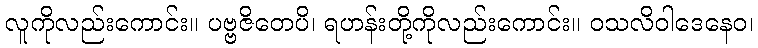
လူကိုလည်းကောင်း။ ပဗ္ဗဇိတေပိ၊ ရဟန်းတို့ကိုလည်းကောင်း။ ဝသလိဝါဒေနေဝ၊